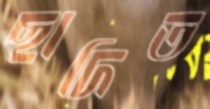
ছাদিত